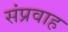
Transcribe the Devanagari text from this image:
संप्रवाह